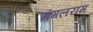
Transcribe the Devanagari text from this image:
मंगलराम